Madras plague regulations in force outside the Presidency town - Volume 7
Disease focus: Plague
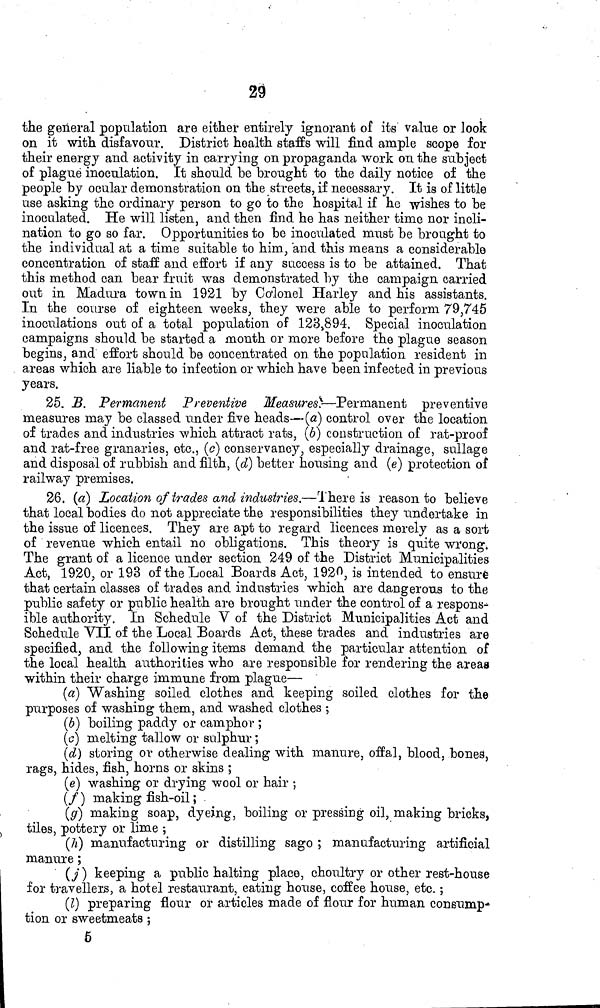
23
the general population are either entirely ignorant of its value or look
on it with disfavour. District health staffs will find ample scope for
their energy and activity in carrying on propaganda work on the subject
of plague inoculation. It should be brought to the daily notice of the
people by ocular demonstration on the streets, if necessary. It is of little
use asking the ordinary person to go to the hospital if he wishes to be
inoculated. He will listen, and then find he has neither time nor incli-
nation to go so far. Opportunities to be inoculated must be brought to
the individual at a time suitable to him, and this means a considerable
concentration of staff and effort if any success is to be attained. That
this method can bear fruit was demonstrated by the campaign carried
out in Madura town in 1921 by Co'lonel Harley and his assistants.
In the course of eighteen weeks, they were able to perform 79,745
inoculations out of a total population of 123,894. Special inoculation
campaigns should be started a month or more before the plague season
begins, and effort should be concentrated on the population resident in
areas which are liable to infection or which have been infected in previous
years.
25. B. Permanent Preventive Measures^—Permanent preventive
measures may be classed under five heads—(a) control over the location
of trades and industries which attract rats, (6) construction of rat-proof
and rat-free granaries, etc., (<?) conservancy, especially drainage, sullage
and disposal of rubbish and filth, (d} better housing and (e] protection of
railway premises.
26. (a) Location of'trades and industries.—There is reason to believe
that local bodies do not appreciate the responsibilities they undertake in
the issue of licences. They are apt to regard licences merely as a sort
of revenue which entail no obligations. This theory is quite wrong.
The grant of a licence under section 249 of the District Municipalities
Act, 1920, or 193 of the Local Boards Act, 192^, is intended to ensure
that certain classes of trades and industries which are dangerous to the
public safety or public health are brought under the control of a respons-
ible authority. In Schedule V of the District Municipalities Act and
Schedule VII of the Local Boards Act, these trades and industries are
specified, and the following items demand the particular attention of
the local health authorities who are responsible for rendering the areas
within their charge immune from plague—
(«) Washing soiled clothes and keeping soiled clothes for the
purposes of washing them, and washed clothes ;
(6) boiling paddy or camphor ;
(a) melting tallow or sulphur ;
(d) storing or otherwise dealing with manure, offal, blood, bonea,
rags, hides, fish, horns or skins ;
(e) washing or drying wool or hair ;
(/ ) making fish-oil ;
(#) making soap, dyeing, boiling or pressing oil, making bricks,
tiles, pottery or lime ;
(7i) manufacturing or distilling sago ; manufacturing artificial
manure ;
(j) keeping a public halting place, choultry or other rest-house
for travellers, a hotel restaurant, eating house, coffee house, etc. ;
(I) preparing flour or articles made of flour for human consump-
tion or sweetmeats ;
5